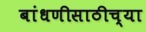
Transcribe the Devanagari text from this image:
बांधणीसाठीच्या